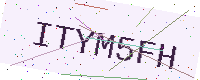
Text: ITYM5FH